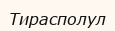
Тирасполул